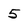
Character: 5